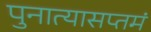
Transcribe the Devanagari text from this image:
पुनात्यासप्तमं